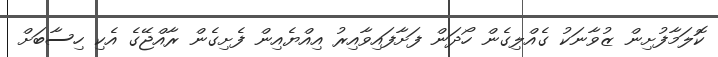
ކޮލަމާފުށިން ޒުވާނަކު ގެއްލިގެން ހޯދަން ފަށާފައިވާއިރު އިއްޔެއިން ފެށިގެން ރާއްޖޭގެ އެކި ހިސާބަށް